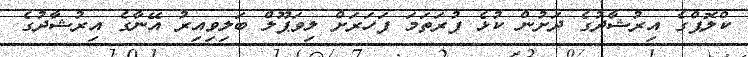
ކްލޮޕްގެ އިރުޝާދުގެ ދަށުން ކުޅެ ފުރަތަމަ ފަހަރަށް ލިވަޕޫލް ބަލިވިއިރު އޭނާގެ އިރުޝާދުގެ